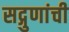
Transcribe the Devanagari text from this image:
सद्गुणांची